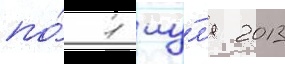
по́ 1 иу́л'я 2013